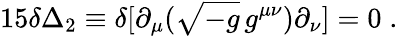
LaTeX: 15\delta\Delta_{2}\equiv\delta[\partial_{\mu}(\sqrt{-g}\, g^{\mu\nu})\partial_{\nu}]=0\; .